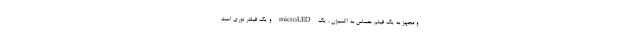
و مجهز به یک فیلم حساس به اکسیژن ، یک microLED و یک فیلتر نوری است